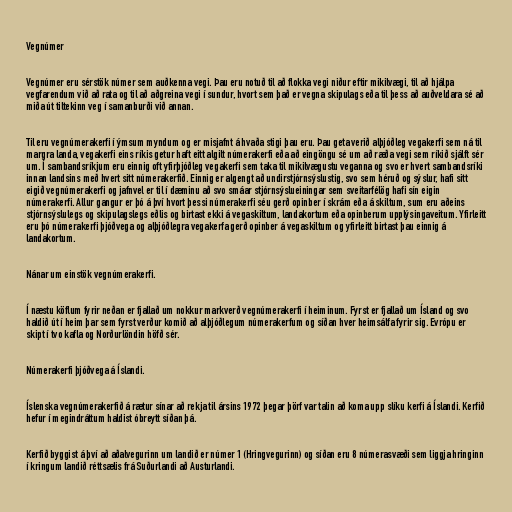
Vegnúmer

Vegnúmer eru sérstök númer sem auðkenna vegi. Þau eru notuð til að flokka vegi niður eftir mikilvægi, til að hjálpa
vegfarendum við að rata og til að aðgreina vegi í sundur, hvort sem það er vegna skipulags eða til þess að auðveldara sé að
miða út tiltekinn veg í samanburði við annan.

Til eru vegnúmerakerfi í ýmsum myndum og er misjafnt á hvaða stigi þau eru. Þau geta verið alþjóðleg vegakerfi sem ná til
margra landa, vegakerfi eins ríkis getur haft eitt algilt númerakerfi eða að eingöngu sé um að ræða vegi sem ríkið sjálft sér
um. Í sambandsríkjum eru einnig oft yfirþjóðleg vegakerfi sem taka til mikilvægustu veganna og svo er hvert sambandsríki
innan landsins með hvert sitt númerakerfið. Einnig er algengt að undirstjórnsýslustig, svo sem héruð og sýslur, hafi sitt
eigið vegnúmerakerfi og jafnvel er til í dæminu að svo smáar stjórnsýslueiningar sem sveitarfélög hafi sín eigin
númerakerfi. Allur gangur er þó á því hvort þessi númerakerfi séu gerð opinber í skrám eða á skiltum, sum eru aðeins
stjórnsýslulegs og skipulagslegs eðlis og birtast ekki á vegaskiltum, landakortum eða opinberum upplýsingaveitum. Yfirleitt
eru þó númerakerfi þjóðvega og alþjóðlegra vegakerfa gerð opinber á vegaskiltum og yfirleitt birtast þau einnig á
landakortum.

Nánar um einstök vegnúmerakerfi.

Í næstu köflum fyrir neðan er fjallað um nokkur markverð vegnúmerakerfi í heiminum. Fyrst er fjallað um Ísland og svo
haldið út í heim þar sem fyrst verður komið að alþjóðlegum númerakerfum og síðan hver heimsálfa fyrir sig. Evrópu er
skipt í tvo kafla og Norðurlöndin höfð sér.

Númerakerfi þjóðvega á Íslandi.

Íslenska vegnúmerakerfið á rætur sínar að rekja til ársins 1972 þegar þörf var talin að koma upp slíku kerfi á Íslandi. Kerfið
hefur í megindráttum haldist óbreytt síðan þá.

Kerfið byggist á því að aðalvegurinn um landið er númer 1 (Hringvegurinn) og síðan eru 8 númerasvæði sem liggja hringinn
í kringum landið réttsælis frá Suðurlandi að Austurlandi.